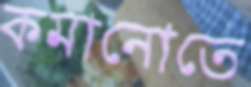
কমানোতে